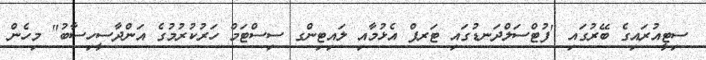
ސިޓީއުރައިގެ ބޭރުގައި "ފުޓްސަލްދަނޑުގައި ޓަރފް އެޅުމާއި ލައިޓިންގ ސިސްޓަމް ހަރުކުރުމުގެ އަންދާސީހިސާބު" މިހެން